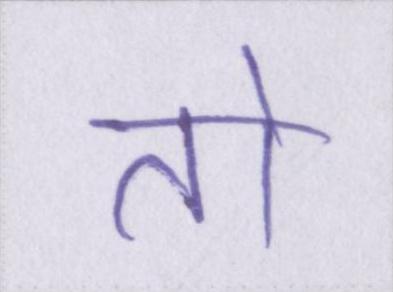
तो